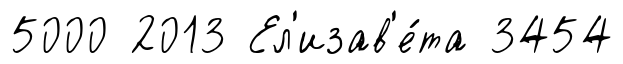
5000 2013 Ел'изав'е́та 3454